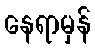
နေရာမှန်